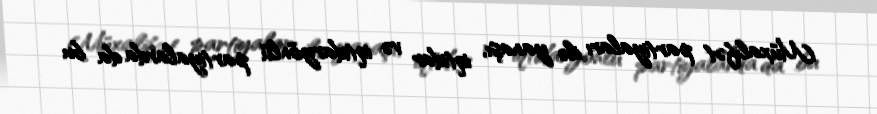
Müxalifət partiyaları ilə yanaşı, iqtidar və iqtidaryönlü partiyalarda da bu